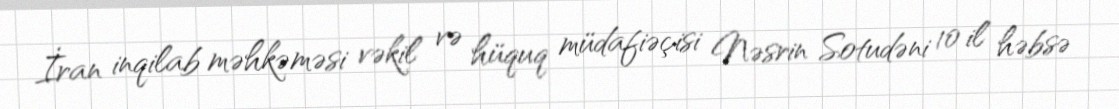
İran inqilab məhkəməsi vəkil və hüquq müdafiəçisi Nəsrin Sotudəni 10 il həbsə